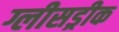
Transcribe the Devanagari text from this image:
ग्लीसड्रीक